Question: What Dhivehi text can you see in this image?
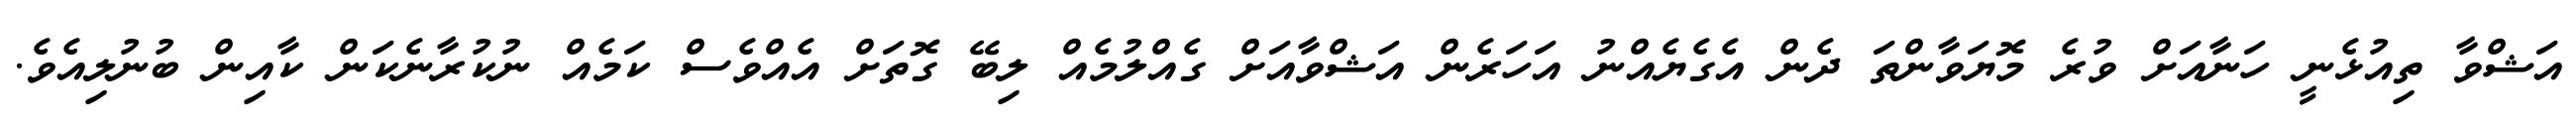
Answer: އަޝްވާ ތިއުޅެނީ ހަނާއަށް ވުރެ މޮޔަވާންތަ ދެން އެގެޔެއްނު އަހަރެން އަޝްވާއަށް ގެއްލުމެއް ލިބޭ ގޮތަށް އެއްވެސް ކަމެއް ނުކުރާނެކަން ކާއިން ބުނުލިއެވެ.